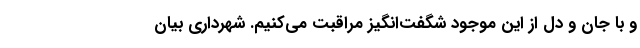
و با جان و دل از این موجود شگفت‌انگیز مراقبت می‌کنیم. شهرداری بیان